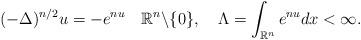
LaTeX: \begin{align*}(-\Delta)^{n/2}u=-e^{nu}\quad\mathbb{R}^{n}\backslash \{0\}, \quad\Lambda=\int_{\mathbb{R}^n}e^{nu}dx<\infty.\end{align*}